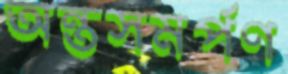
অন্তসমর্পণ